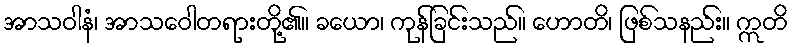
အာသဝါနံ၊ အာသဝေါတရားတို့၏။ ခယော၊ ကုန်ခြင်းသည်။ ဟောတိ၊ ဖြစ်သနည်း။ ဣတိ